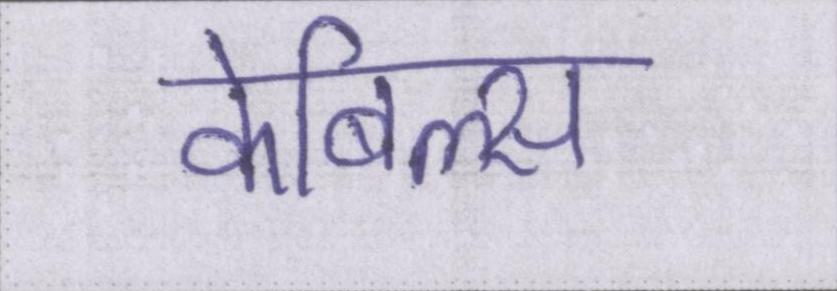
केबिल्स